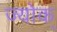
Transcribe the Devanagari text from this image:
ज्योक्